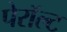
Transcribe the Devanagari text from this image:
पेरॉल्ट